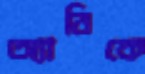
অ্যানিকে